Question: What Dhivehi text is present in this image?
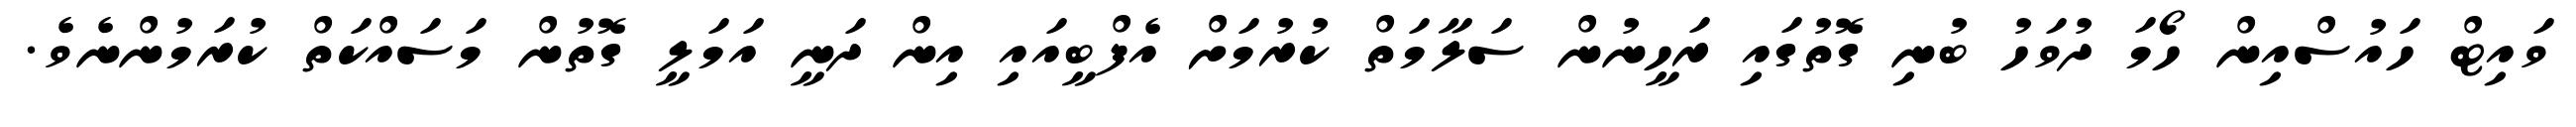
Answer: ވައިޓް ހައުސްއިން ހޯމަ ދުވަހު ބުނި ގޮތުގައި ރަހީނުން ސަލާމަތް ކުރުމަށް އެފްބީއައި އިން ދަނީ އަމަލީ ގޮތުން މަސައްކަތް ކުރަމުންނެވެ.